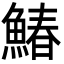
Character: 鰆